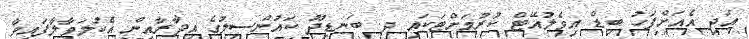
އަދި އެއަށްފަހު ބިޑް އިވެލުއޭޓް ކުރުމަށްޓަކައި ދ. ބަނޑިދޫ ކައުންސިލުގެ އިދާރާއިން އެކުލަވާލާފައިވާ